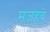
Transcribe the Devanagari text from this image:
मज़हबे